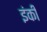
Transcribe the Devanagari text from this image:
इंकी